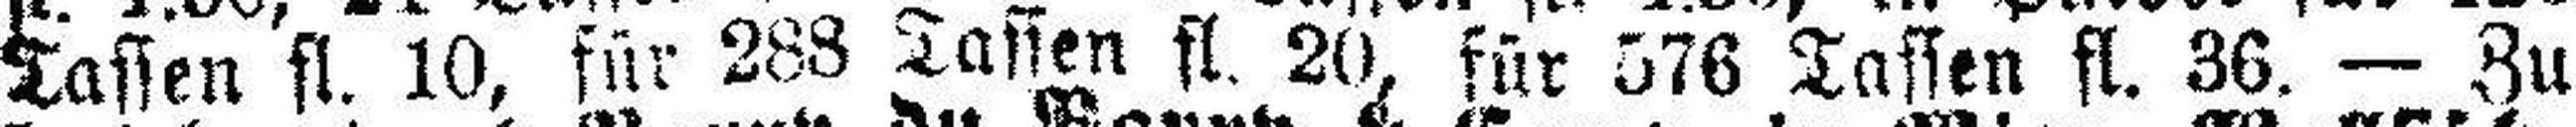
Tassen fl. 10, für 288 Tassen fl. 20, für 576 Tassen fl. 36. — Zu